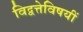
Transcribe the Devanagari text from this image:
विद्वत्तेविषयीं